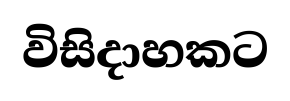
විසිදාහකට